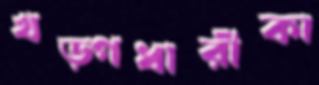
খড়্গধারীকা